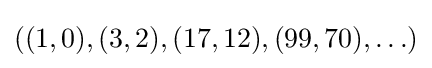
\textstyle ((1,0),(3,2),(17,12),(99,70),\ldots )